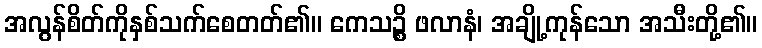
အလွန်စိတ်ကိုနှစ်သက်စေတတ်၏။ ကေသဉ္စိ ဖလာနံ၊ အချို့ကုန်သော အသီးတို့၏။